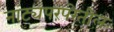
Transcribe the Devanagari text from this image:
नाट्यपरंपरेतील